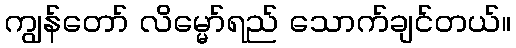
ကျွန်တော် လိမ္မော်ရည် သောက်ချင်တယ်။